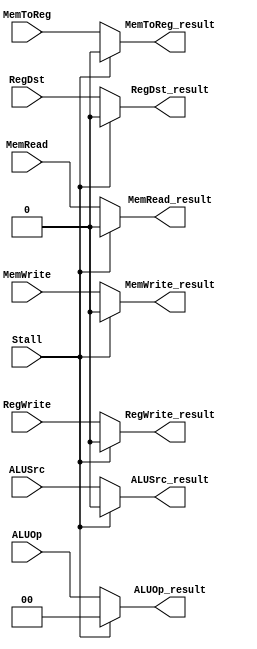
module MUX_Stall (
    output reg [1:0] ALUOp_result,
    output reg RegDst_result,
    output reg RegWrite_result,
    output reg ALUSrc_result,
    output reg MemWrite_result,
    output reg MemRead_result,
    output reg MemToReg_result,
    input Stall,
    input [1:0] ALUOp,
    input RegDst,
    input RegWrite,
    input ALUSrc,
    input MemWrite,
    input MemRead,
    input MemToReg
);
    assign ALUOp_result = Stall?2'b00:ALUOp;
    assign RegDst_result = Stall?0:RegDst;
    assign RegWrite_result = Stall?0:RegWrite;
    assign ALUSrc_result = Stall?0:ALUSrc;
    assign MemWrite_result = Stall?0:MemWrite;
    assign MemRead_result = Stall?0:MemRead;
    assign MemToReg_result = Stall?0:MemToReg;
endmodule